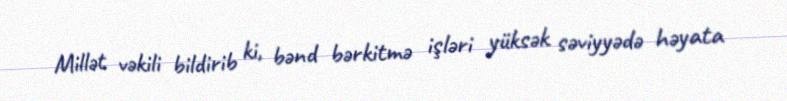
Millət vəkili bildirib ki, bənd bərkitmə işləri yüksək səviyyədə həyata